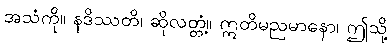
အသံကို။ နဒိဿတိ၊ ဆိုလတ္တံ့။ ဣတိမညမာနော၊ ဤသို့